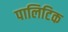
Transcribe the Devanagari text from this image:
पालिटिक